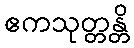
ဧကသုတ္တန္တိ